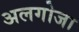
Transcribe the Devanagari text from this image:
अलगोजा